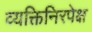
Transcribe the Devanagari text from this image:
व्यक्तिनिरपेक्ष